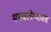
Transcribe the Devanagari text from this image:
भगवत्प्रेरणावश